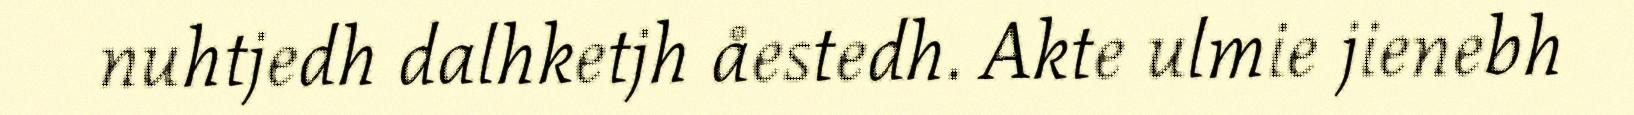
nuhtjedh dalhketjh åestedh. Akte ulmie jienebh